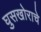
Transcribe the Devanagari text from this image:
घुसखोराचे